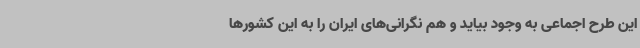
این طرح اجماعی به وجود بیاید و هم نگرانی‌های ایران را به این کشورها